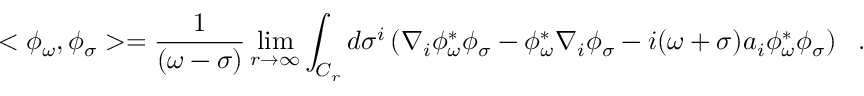
< \phi _ { \omega } , \phi _ { \sigma } > = { \frac { 1 } { ( \omega - \sigma ) } } \operatorname * { l i m } _ { r \rightarrow \infty } \int _ { C _ { r } } d \sigma ^ { i } \left( \nabla _ { i } \phi _ { \omega } ^ { * } \phi _ { \sigma } - \phi _ { \omega } ^ { * } \nabla _ { i } \phi _ { \sigma } - i ( \omega + \sigma ) a _ { i } \phi _ { \omega } ^ { * } \phi _ { \sigma } \right) ~ ~ .